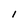
Character: l